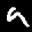
Label: 9